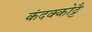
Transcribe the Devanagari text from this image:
कंदक्कोट्टै